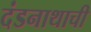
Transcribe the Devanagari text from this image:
दंडनाथाची